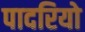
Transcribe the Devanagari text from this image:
पादरियो